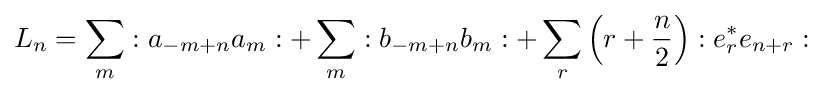
L_{n}=\sum _{m}:a_{-m+n}a_{m}:+\sum _{m}:b_{-m+n}b_{m}:+\sum _{r}\left(r+{n \over 2}\right):e_{r}^{*}e_{n+r}: